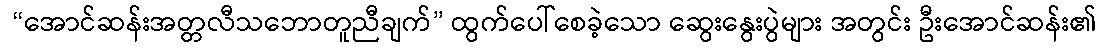
 “အောင်ဆန်းအတ္တလီသဘောတူညီချက်” ထွက်ပေါ်စေခဲ့သော ဆွေးနွေးပွဲများ အတွင်း ဦးအောင်ဆန်း၏